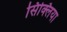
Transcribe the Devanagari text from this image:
सिक्लिया